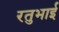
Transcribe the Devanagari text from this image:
रतुभाई